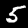
Digit: 5